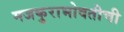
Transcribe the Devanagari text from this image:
मजकुराभोवतीची